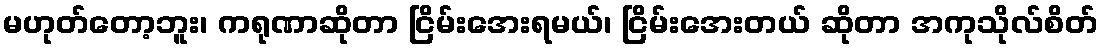
မဟုတ်တော့ဘူး၊ ကရုဏာဆိုတာ ငြိမ်းအေးရမယ်၊ ငြိမ်းအေးတယ် ဆိုတာ အကုသိုလ်စိတ်